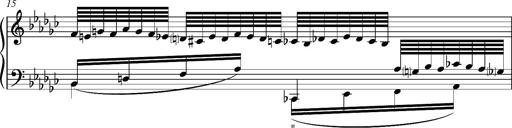
Title: Glasgow fragment, S.701f
Composer: Franz Liszt
Key: E-flat minor